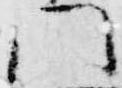
門